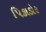
પિકાડોર